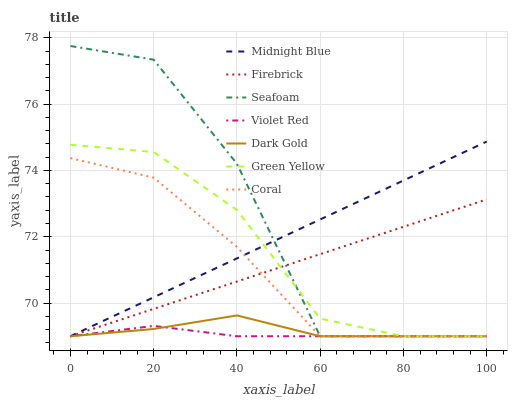
| xaxis_label | Midnight Blue | Firebrick | Seafoam | Violet Red | Dark Gold | Green Yellow | Coral |
 | --- | --- | --- | --- | --- | --- | --- | --- |
 | 0 | 69 | 69 | 77.8 | 69 | 69 | 74.8 | 74.4 |
 | 20 | 70.2 | 69.8 | 77.3 | 69.3 | 69.2 | 74.6 | 73.8 |
 | 40 | 71.3 | 70.7 | 74.2 | 69 | 69.6 | 72.8 | 71.7 |
 | 60 | 72.5 | 71.5 | 69 | 69 | 69 | 69.5 | 69 |
 | 80 | 73.7 | 72.3 | 69 | 69 | 69 | 69 | 69 |
 | 100 | 74.9 | 73.1 | 69 | 69 | 69 | 69 | 69 |